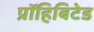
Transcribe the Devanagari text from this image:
प्रॉहिबिटेड